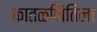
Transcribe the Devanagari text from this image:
कातळभिंतिला